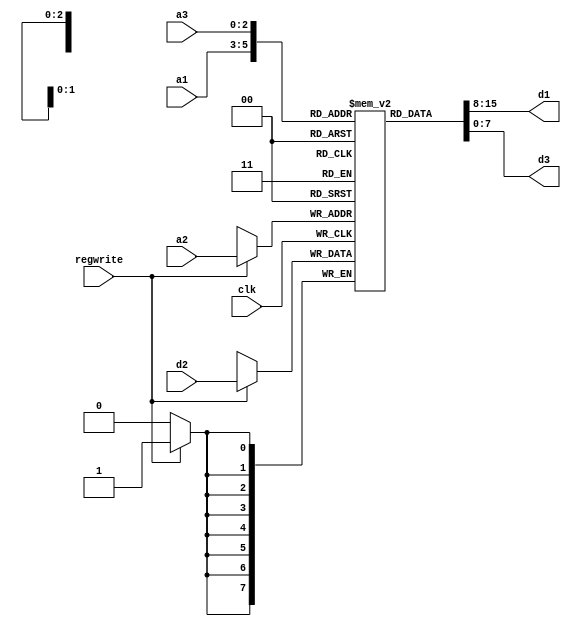
module RF_8085_single(a1,a2,a3,d1,d2,d3,clk,regwrite);
input [2:0] a1,a2,a3;
input [7:0] d2;
output [7:0] d1,d3;
input clk;
input regwrite;
integer i;

reg [7:0] regfile_8085 [7:0];

assign d1=regfile_8085[a1];
assign d3=regfile_8085[a3];

initial
begin
for(i=0;i<8;i=i+1)
regfile_8085[i]=8'h0;
end

always @(posedge clk)
begin
if(regwrite)
regfile_8085[a2]<=d2;
end
endmodule